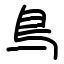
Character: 𫠓